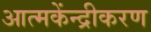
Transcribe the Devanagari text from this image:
आत्मकेंन्द्रीकरण